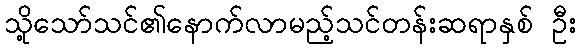
သို့သော်သင်၏နောက်လာမည့်သင်တန်းဆရာနှစ် ဦး